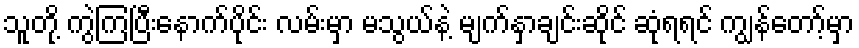
သူတို့ ကွဲကြပြီးနောက်ပိုင်း လမ်းမှာ မသွယ်နဲ့ မျက်နှာချင်းဆိုင် ဆုံရရင် ကျွန်တော့်မှာ